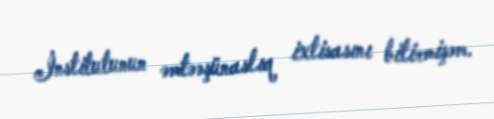
İnstitutunun əmtəəşünaslıq ixtisasını bitirmişəm.